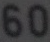
60